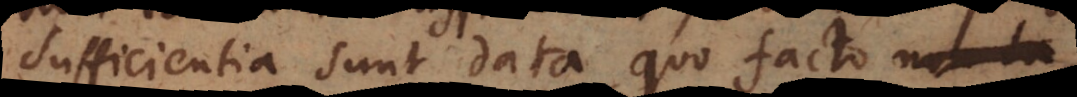
sufficientia sunt data, quo facto